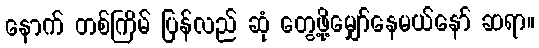
နောက် တစ်ကြိမ် ပြန်လည် ဆုံ တွေ့ဖို့မျှော်နေမယ်နော် ဆရာ။